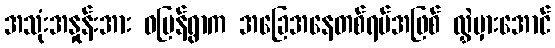
အသုံးအနှုန်းအား ဝပြန်ရွာက အခြေအနေတစ်ရပ်အဖြစ် လွှဲမှားအောင်